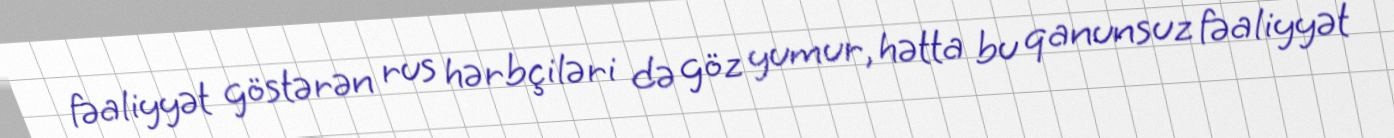
fəaliyyət göstərən rus hərbçiləri də göz yumur, hətta bu qanunsuz fəaliyyət